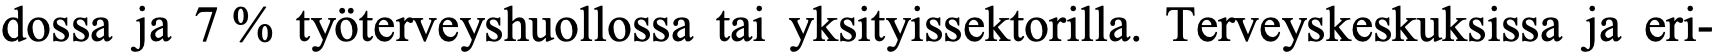
dossa ja 7 % työterveyshuollossa tai yksityissektorilla. Terveyskeskuksissa ja eri-